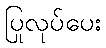
ပြုလုပ်ပေး